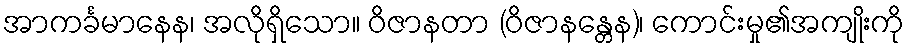
အာကင်္ခမာနေန၊ အလိုရှိသော။ ဝိဇာနတာ (ဝိဇာနန္တေန)၊ ကောင်းမှု၏အကျိုးကို